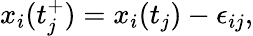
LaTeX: x_{i}(t_{j}^{+})=x_{i}(t_{j})-\epsilon_{ij},